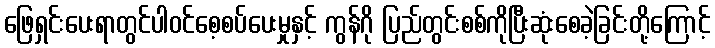
ဖြေရှင်းပေးရာတွင်ပါဝင်စေ့စပ်ပေးမှုနှင့် ကွန်ဂို ပြည်တွင်းစစ်ကိုပြီးဆုံးစေခဲ့ခြင်းတို့ကြောင့်